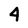
Character: 4